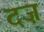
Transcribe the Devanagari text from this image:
दज़